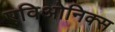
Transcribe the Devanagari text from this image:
एविओनिक्स